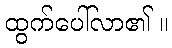
ထွက်ပေါ်လာ၏ ။